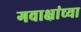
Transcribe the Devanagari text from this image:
गवाक्षांच्या